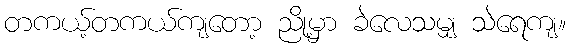
တကယ့်တကယ်ကျတော့ ညို့မှာ ခဲလေသမျှ သဲရေကျ။